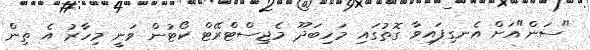
"ސަން"އަށް އެނގިފައިވާ ގޮތުގައި މަހިބަދޫ މެޖިސްޓްރޭޓް ކޯޓުން ވަނީ މިހާރު އެ ތިން